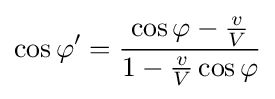
\cos \varphi '={\frac {\cos \varphi -{\frac {v}{V}}}{1-{\frac {v}{V}}\cos \varphi }}